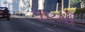
૧૪મી